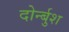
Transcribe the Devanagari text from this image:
दोर्न्बुश